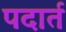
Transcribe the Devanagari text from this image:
पदार्त